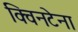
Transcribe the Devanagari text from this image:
क्विनटेना